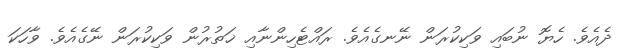
ދެއެވެ. ހެޔޮ ނުބައި ވަކިކުރަން ނޭނގެއެވެ. ރައްޓެހިންނާއި ޚަތުރުން ވަކިކުރަން ނޭގެއެވެ. ވާހަކަ